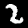
Digit: 2